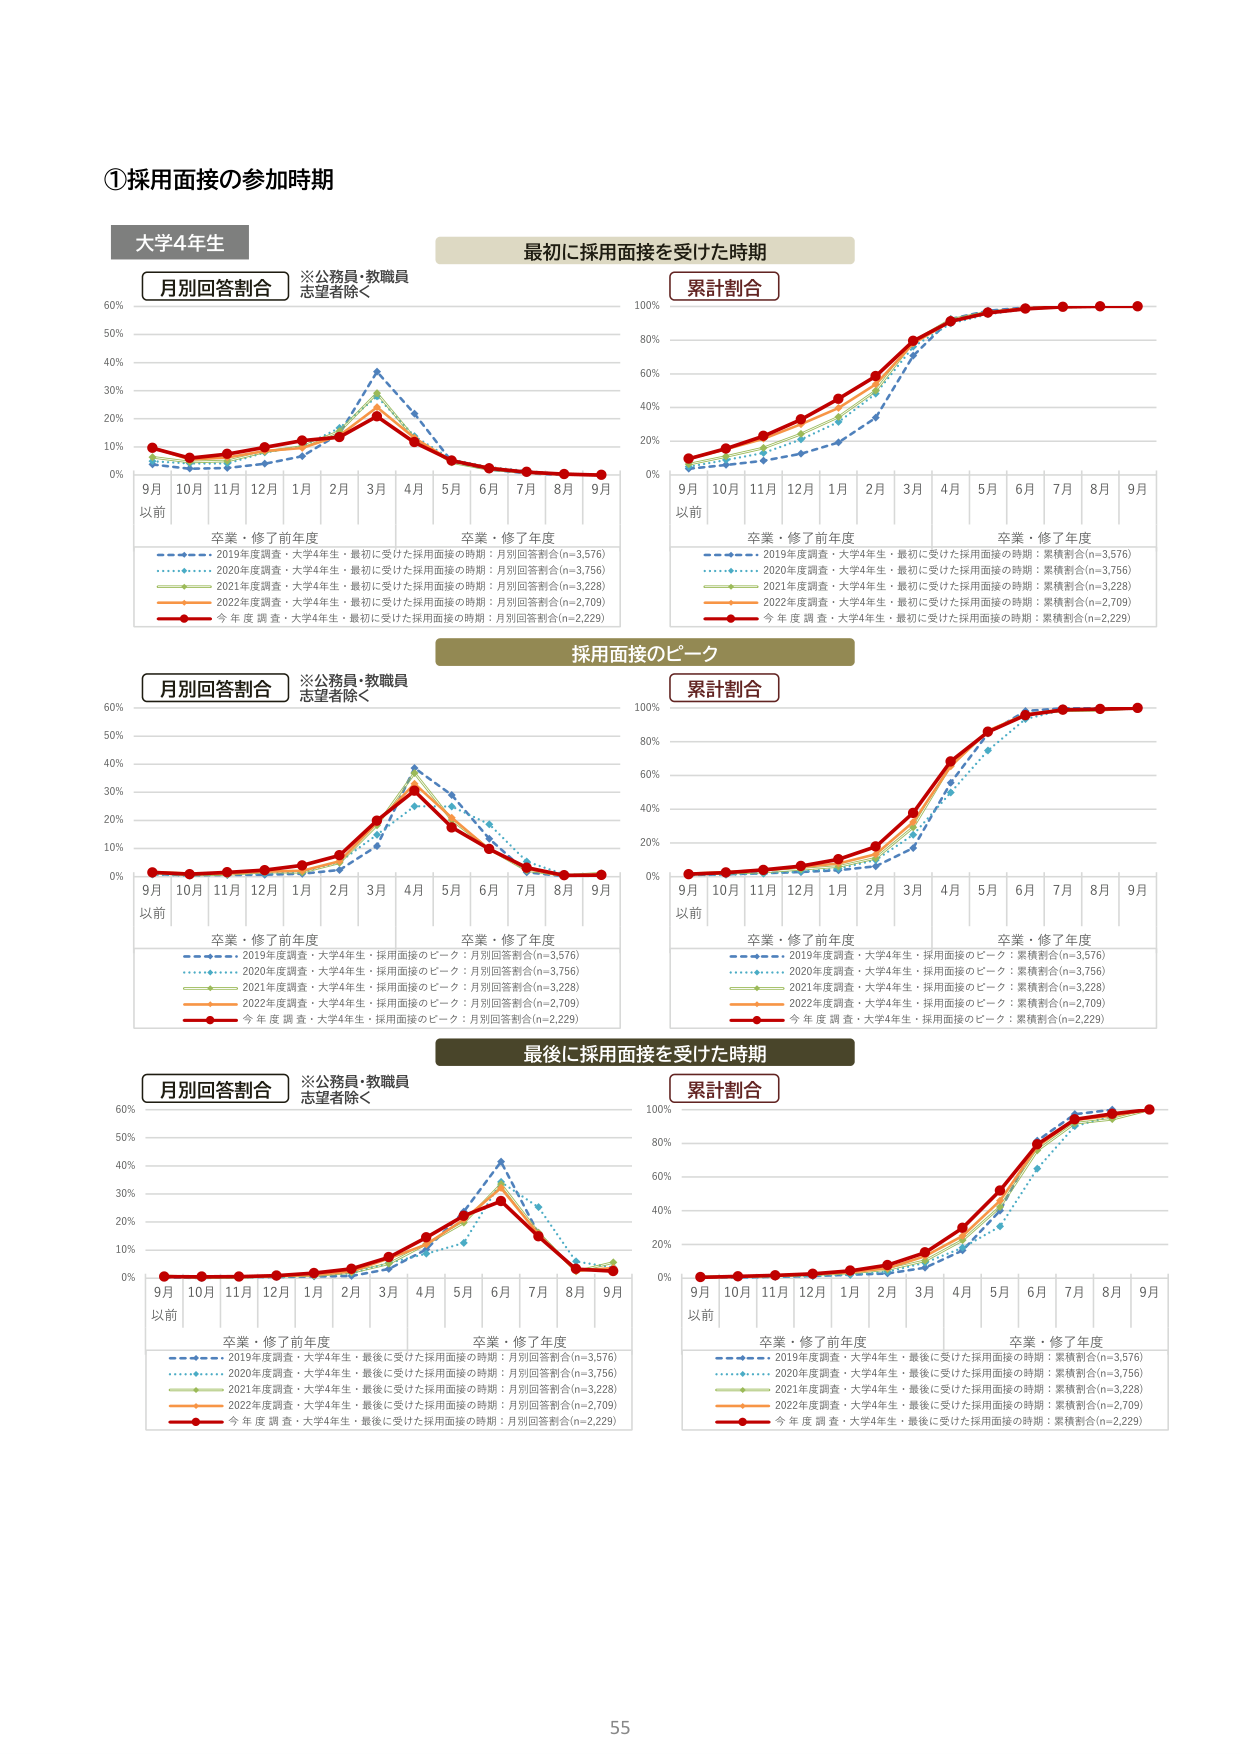
①採用面接の参加時期

大学4年生

※公務員・教職員
志望者除く

月別回答割合

最初に採用面接を受けた時期

累計割合

9月
以前
10月 11月 12月 1月 2月 3月 4月 5月 6月 7月 8月 9月

卒業・修了前年度
卒業・修了年度

2019年度調査・大学4年生・最初に受けた採用面接の時期：月別回答割合(n=3,576)
2020年度調査・大学4年生・最初に受けた採用面接の時期：月別回答割合(n=3,756)
2021年度調査・大学4年生・最初に受けた採用面接の時期：月別回答割合(n=3,228)
2022年度調査・大学4年生・最初に受けた採用面接の時期：月別回答割合(n=2,709)
今年度調査・大学4年生・最初に受けた採用面接の時期：月別回答割合(n=2,229)

2019年度調査・大学4年生・最初に受けた採用面接の時期：累積割合(n=3,576)
2020年度調査・大学4年生・最初に受けた採用面接の時期：累積割合(n=3,756)
2021年度調査・大学4年生・最初に受けた採用面接の時期：累積割合(n=3,228)
2022年度調査・大学4年生・最初に受けた採用面接の時期：累積割合(n=2,709)
今年度調査・大学4年生・最初に受けた採用面接の時期：累積割合(n=2,229)

採用面接のピーク

月別回答割合

※公務員・教職員
志望者除く

累計割合

9月
以前
10月 11月 12月 1月 2月 3月 4月 5月 6月 7月 8月 9月

卒業・修了前年度
卒業・修了年度

2019年度調査・大学4年生・採用面接のピーク：月別回答割合(n=3,576)
2020年度調査・大学4年生・採用面接のピーク：月別回答割合(n=3,756)
2021年度調査・大学4年生・採用面接のピーク：月別回答割合(n=3,228)
2022年度調査・大学4年生・採用面接のピーク：月別回答割合(n=2,709)
今年度調査・大学4年生・採用面接のピーク：月別回答割合(n=2,229)

2019年度調査・大学4年生・採用面接のピーク：累積割合(n=3,576)
2020年度調査・大学4年生・採用面接のピーク：累積割合(n=3,756)
2021年度調査・大学4年生・採用面接のピーク：累積割合(n=3,228)
2022年度調査・大学4年生・採用面接のピーク：累積割合(n=2,709)
今年度調査・大学4年生・採用面接のピーク：累積割合(n=2,229)

最後に採用面接を受けた時期

月別回答割合

※公務員・教職員
志望者除く

累計割合

9月
以前
10月 11月 12月 1月 2月 3月 4月 5月 6月 7月 8月 9月

卒業・修了前年度
卒業・修了年度

2019年度調査・大学4年生・最後に受けた採用面接の時期：月別回答割合(n=3,576)
2020年度調査・大学4年生・最後に受けた採用面接の時期：月別回答割合(n=3,756)
2021年度調査・大学4年生・最後に受けた採用面接の時期：月別回答割合(n=3,228)
2022年度調査・大学4年生・最後に受けた採用面接の時期：月別回答割合(n=2,709)
今年度調査・大学4年生・最後に受けた採用面接の時期：月別回答割合(n=2,229)

2019年度調査・大学4年生・最後に受けた採用面接の時期：累積割合(n=3,576)
2020年度調査・大学4年生・最後に受けた採用面接の時期：累積割合(n=3,756)
2021年度調査・大学4年生・最後に受けた採用面接の時期：累積割合(n=3,228)
2022年度調査・大学4年生・最後に受けた採用面接の時期：累積割合(n=2,709)
今年度調査・大学4年生・最後に受けた採用面接の時期：累積割合(n=2,229)

55